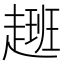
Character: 𮚽